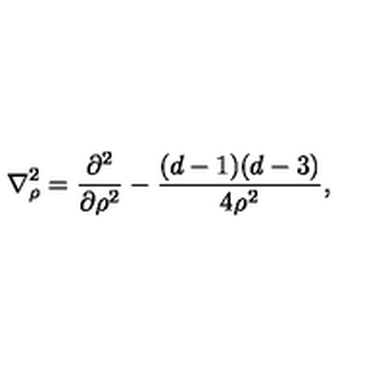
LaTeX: { \bf \nabla } _ { \rho } ^ { 2 } = \frac { \partial ^ { 2 } } { \partial \rho ^ { 2 } } - \frac { ( d - 1 ) ( d - 3 ) } { 4 \rho ^ { 2 } } ,